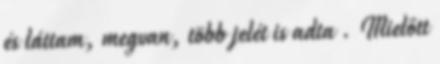
és láttam, megvan, több jelét is adta . Mielőtt